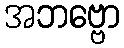
အဘဗ္ဗော